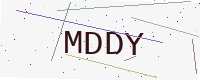
Text: MDDY